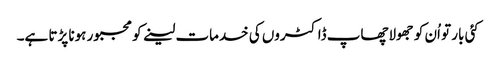
کئی بار تو اُن کو جھولاچھاپ ڈاکٹروں کی خدمات لینے کو مجبور ہونا پڑتا ہے۔